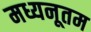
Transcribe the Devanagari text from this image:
मध्यनूतम